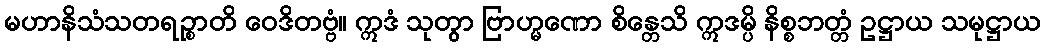
မဟာနိသံသတရဉ္စာတိ ဝေဒိတဗ္ဗံ။ ဣဒံ သုတွာ ဗြာဟ္မဏော စိန္တေသိ ဣဒမ္ပိ နိစ္စဘတ္တံ ဥဋ္ဌာယ သမုဋ္ဌာယ